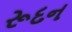
રૂદન